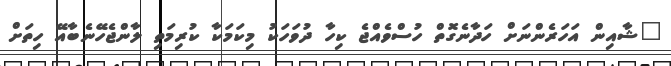
"ޝާއިން އަހަރެންނަށް ހަދާނެގޮތް ހުސްވެއްޖެ ކިހާ ދުވަހަކު މިކަމަކާ ކުރިމަތި ލާންޖެހޭނެބާއޭ ހިތަށް